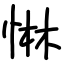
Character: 惏